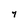
Character: 7